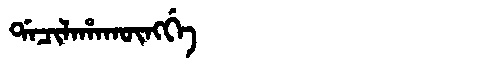
Manchu: ᡩᠠᠴᡳᠯᠠᡥᠠᡴᡡᠩᡤᡝ
Romanization: DACILAHAKŪNGGE